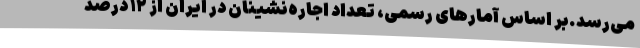
می‌رسد.بر اساس آمارهای رسمی، تعداد اجاره‌نشینان در ایران از ۱۲ درصد